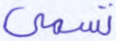
تسمى